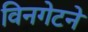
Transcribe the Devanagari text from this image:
विनगेटने